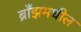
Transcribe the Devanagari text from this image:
ब्राँझमधील